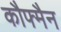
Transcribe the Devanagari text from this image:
कौफ्मैन